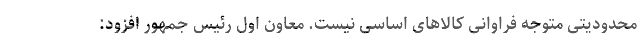
محدودیتی متوجه فراوانی کالاهای اساسی نیست. معاون اول رئیس جمهور افزود: